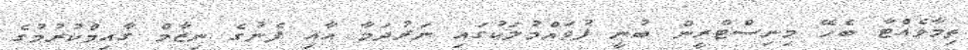
ތިމާވެއްޓާ ބެހޭ މިނިސްޓްރީން ބުނީ ފުވައްމުލަކުގައި ނަރުދަމާ އާއި ފެނުގެ ނިޒާމް ގާއިމްކުރުމުގެ